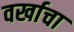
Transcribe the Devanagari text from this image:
वर्खाचा